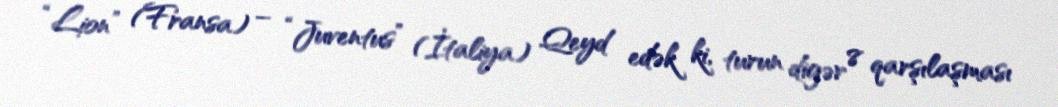
“Lion” (Fransa) – “Juventus” (İtaliya) Qeyd edək ki, turun digər 8 qarşılaşması